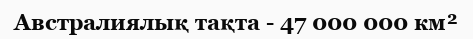
Австралиялық тақта - 47 000 000 км²